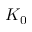
K _ { 0 }